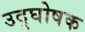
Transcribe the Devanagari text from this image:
उद्‍घोषक